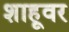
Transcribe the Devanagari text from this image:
शाहूवर